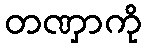
တဏှာကို